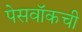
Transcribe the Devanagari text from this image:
पेसवॉकची